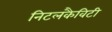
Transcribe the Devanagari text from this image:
निटलकैविटी